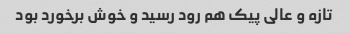
تازه و عالی پیک هم رود رسید و خوش برخورد بود